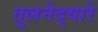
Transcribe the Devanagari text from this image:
तुलनेद्वारे